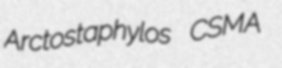
Arctostaphylos CSMA